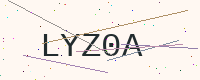
Text: LYZ0A